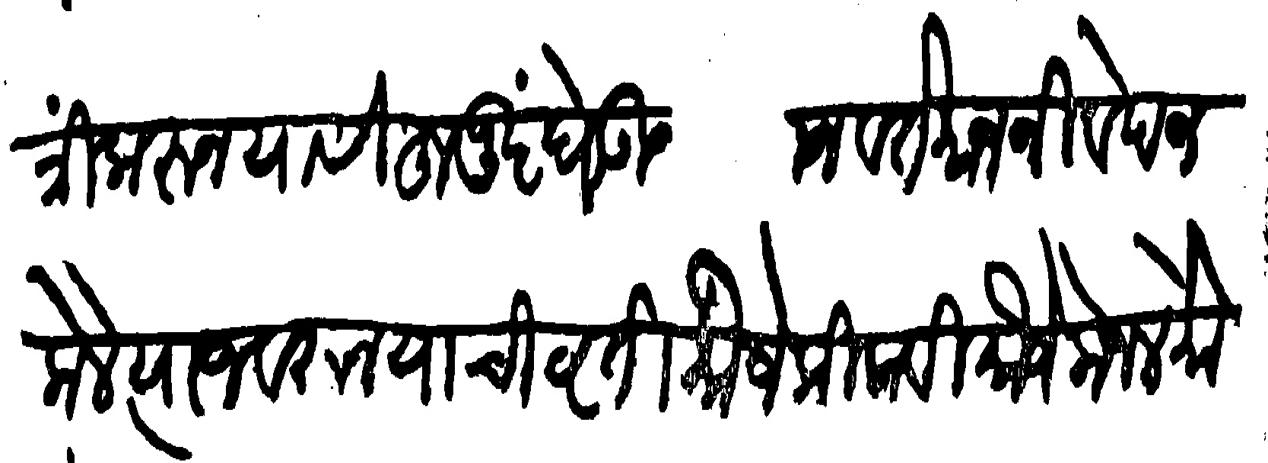
Transliteration (Devanagari): गोत्री करुन यासी हुजूर घेऊन येऊन वर्तमान निवेदन केले त्याजवरुन याची वृती मौजे किकवी मौजे केजल मौजे